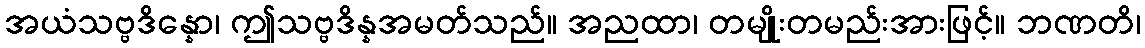
အယံသဗ္ဗဒိန္နော၊ ဤသဗ္ဗဒိန္နအမတ်သည်။ အညထာ၊ တမျိုးတမည်းအားဖြင့်။ ဘဏတိ၊